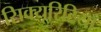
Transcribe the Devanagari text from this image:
सिक्यूरिटियाँ